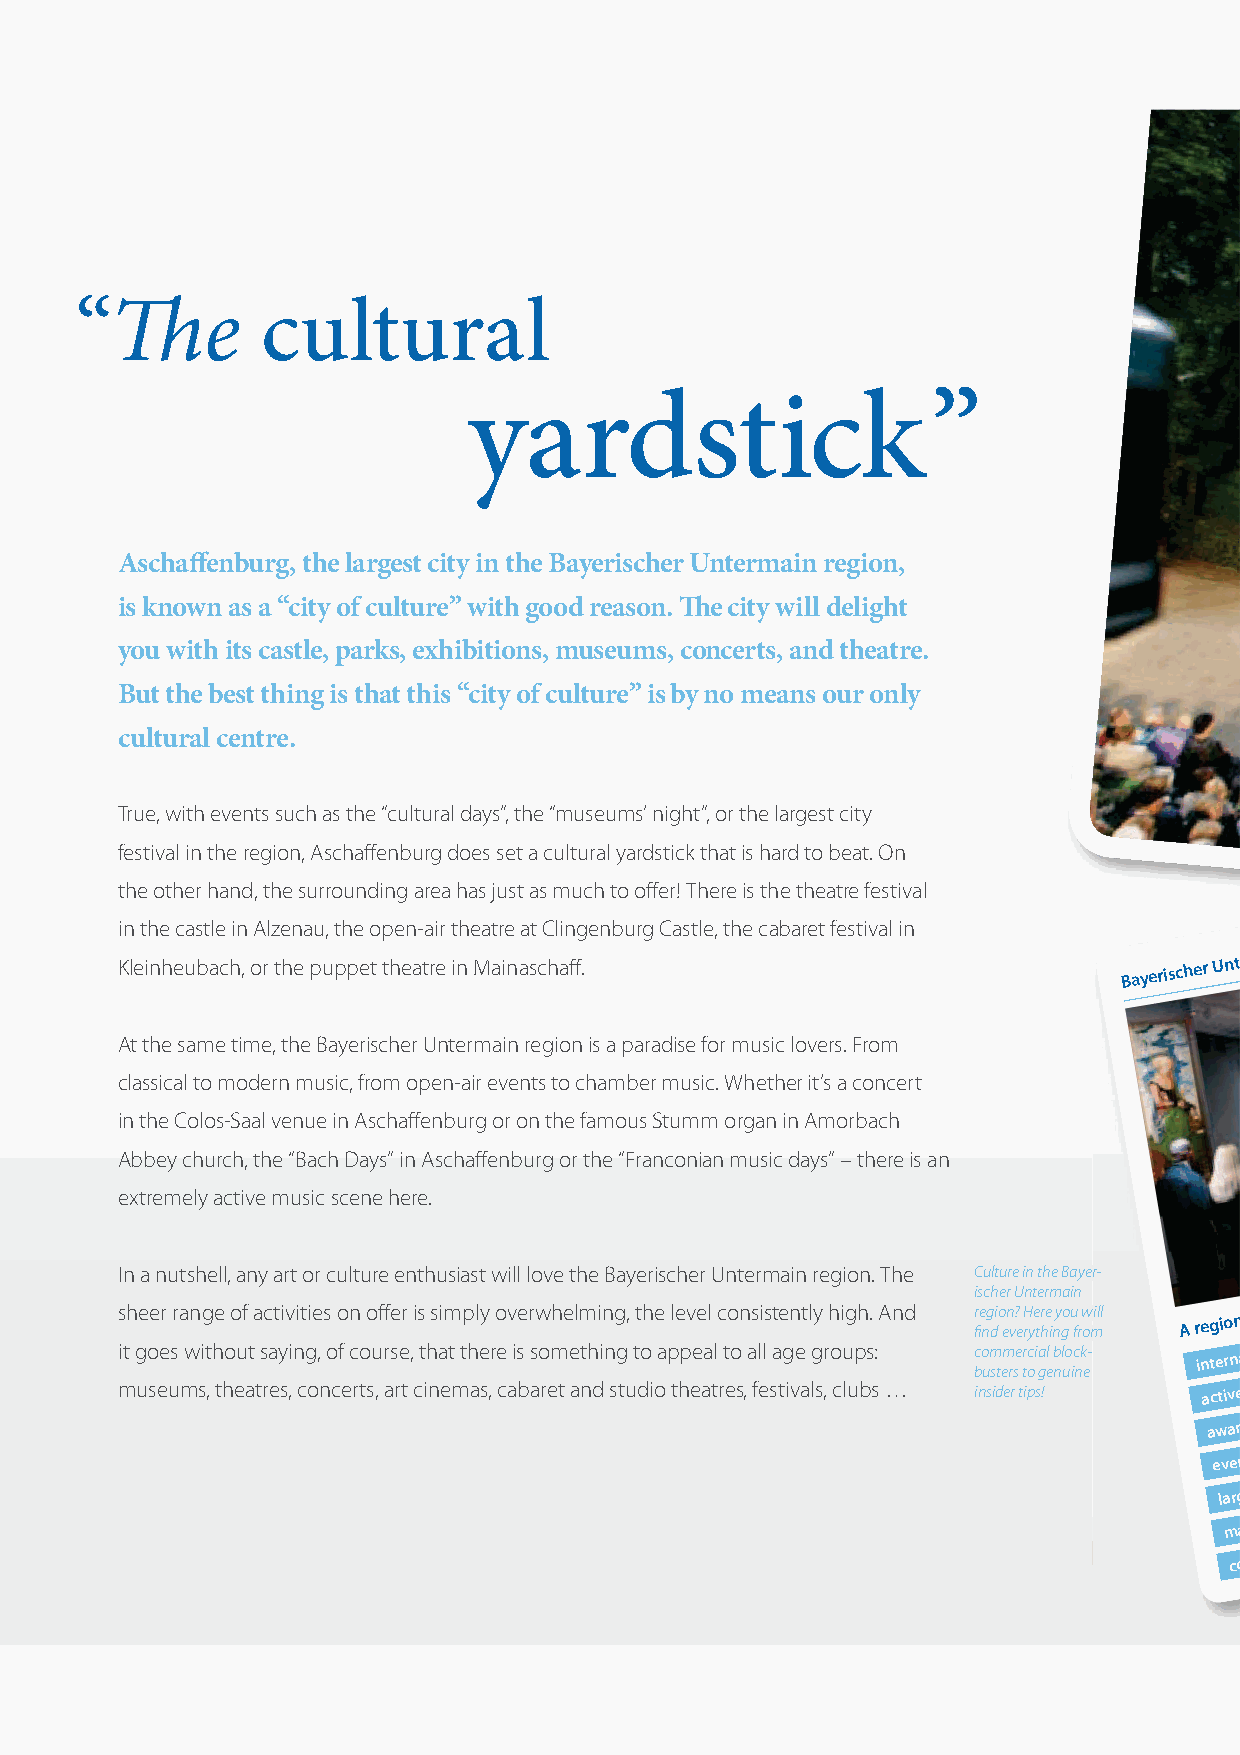
The
 “           cultural
 yardstick”
 Aschaffenburg, the largest city in the Bayerischer Untermain region,
 is known as a “city of culture” with good reason. The city will delight
 you with its castle, parks, exhibitions, museums, concerts, and theatre.
 But the best thing is that this “city of culture” is by no means our only
 cultural centre.
 True, with events such as the “cultural days”, the “museums’ night”, or the largest city
 festival in the region, Aschaffenburg does set a cultural yardstick that is hard to beat. On
 the other hand, the surrounding area has just as much to offer! There is the theatre festival
 in the castle in Alzenau, the open-air theatre at Clingenburg Castle, the cabaret festival in
 Kleinheubach, or the puppet theatre in Mainaschaff.               Bayerischer
 Untermain
 At the same time, the Bayerischer Untermain region is a paradise for music lovers. From
 classical to modern music, from open-air events to chamber music. Whether it’s a concert
 in the Colos-Saal venue in Aschaffenburg or on the famous Stumm organ in Amorbach
 Abbey church, the “Bach Days” in Aschaffenburg or the “Franconian music days” – there is an
 extremely active music scene here.
 In a nutshell, any art or culture enthusiast will love the Bayerischer Untermain region. The Culture in the Bayeerr--
 s i mth g ue o se eer usr a mwn sig t , he tho o euf a ta t s rc eat y siv ,i ni ct g oie , n s o c o f e n c rto o su ,ff are s rer t ,i c s t ih ns ai em t m tp h al ey s, r o e cv a ie s b r asw o remh te e alm nth di in n sg g tu, tt doh i oe a pl te hpv eee aal t lc r t eo o sn ,a s fl ei ls sat te g in ve at l lgy sr , h o ci u lg uph bs. s : A …nd i r fi c b is ne on uc g smh d s ii dtoe ee m er n rv rsU ? ee t trrH in pocyt e i s te a gr h !r e l em i n b ny lgoa uo i uu if cn nr koww e - mmiillll A r ine a ag t c ee wt li
 v
 airo mv
 a
 en crn e
 r
 g
 on
 aa
 d
 e
 unt tst -i sh t
 y
 nwo
 f
 u
 of
 a tn coid lrnt
 u
 ea
 r
 ui nl o
 s
 ll eo
 m
 t
 sit uvnt v h
 m
 h
 re
 fge e aoe
 r
 u
 s a lya ra t
 sp
 a ort (r et ur ar e
 n
 uet c
 tp
 ee mhiaa
 -
 nn
 a a
 snn se s
 n n
 ad d me
 ad d
 n
 m
 n
 c c -a daa dcu sb lb
 o al
 l el ma rt ae xcu r gs hhier
 ne
 ie it
 bs tg
 : s
 e
 i
 c
 ty
 ce
 io
 t
 oun
 u
 nre
 n sag
 l
 m) m ou ns ui mcia en ns ts